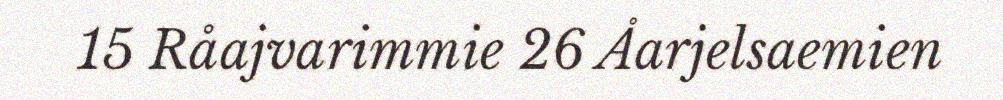
15 Råajvarimmie 26 Åarjelsaemien